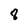
Character: 8